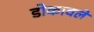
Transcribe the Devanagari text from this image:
डोकावले